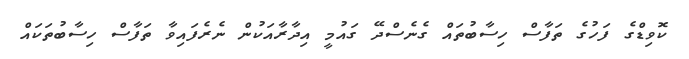
ކޮވިޑްގެ ފަހުގެ ތަފާސް ހިސާބުތައް ގެނެސްދޭ ގައުމީ އިދާރާއަކުން ނެރެފައިވާ ތަފާސް ހިސާބުތަކައް